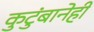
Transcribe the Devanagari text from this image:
कुटुंबानेही